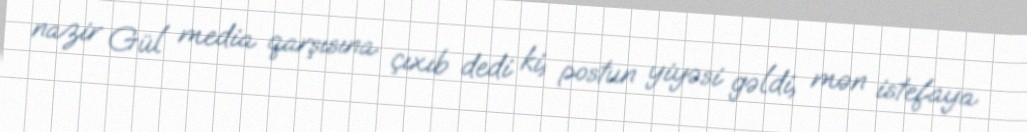
nazir Gül media qarşısına çıxıb dedi ki, postun yiyəsi gəldi, mən istefaya